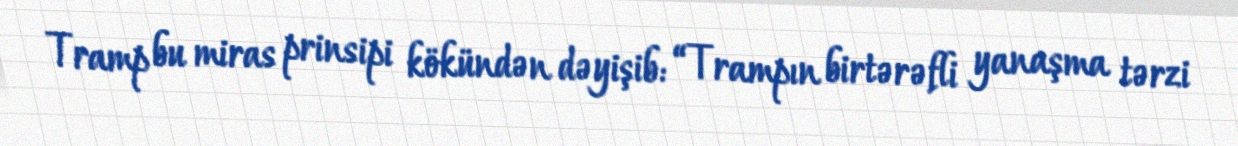
Tramp bu miras prinsipi kökündən dəyişib: “Trampın birtərəfli yanaşma tərzi